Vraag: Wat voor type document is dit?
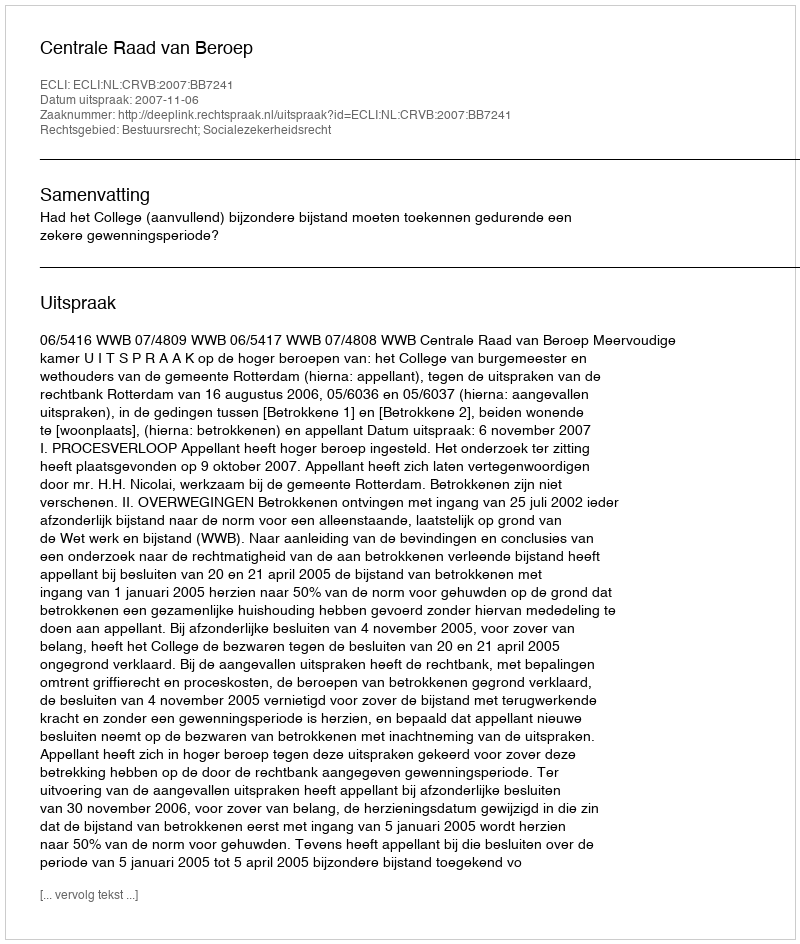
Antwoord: Uitspraak